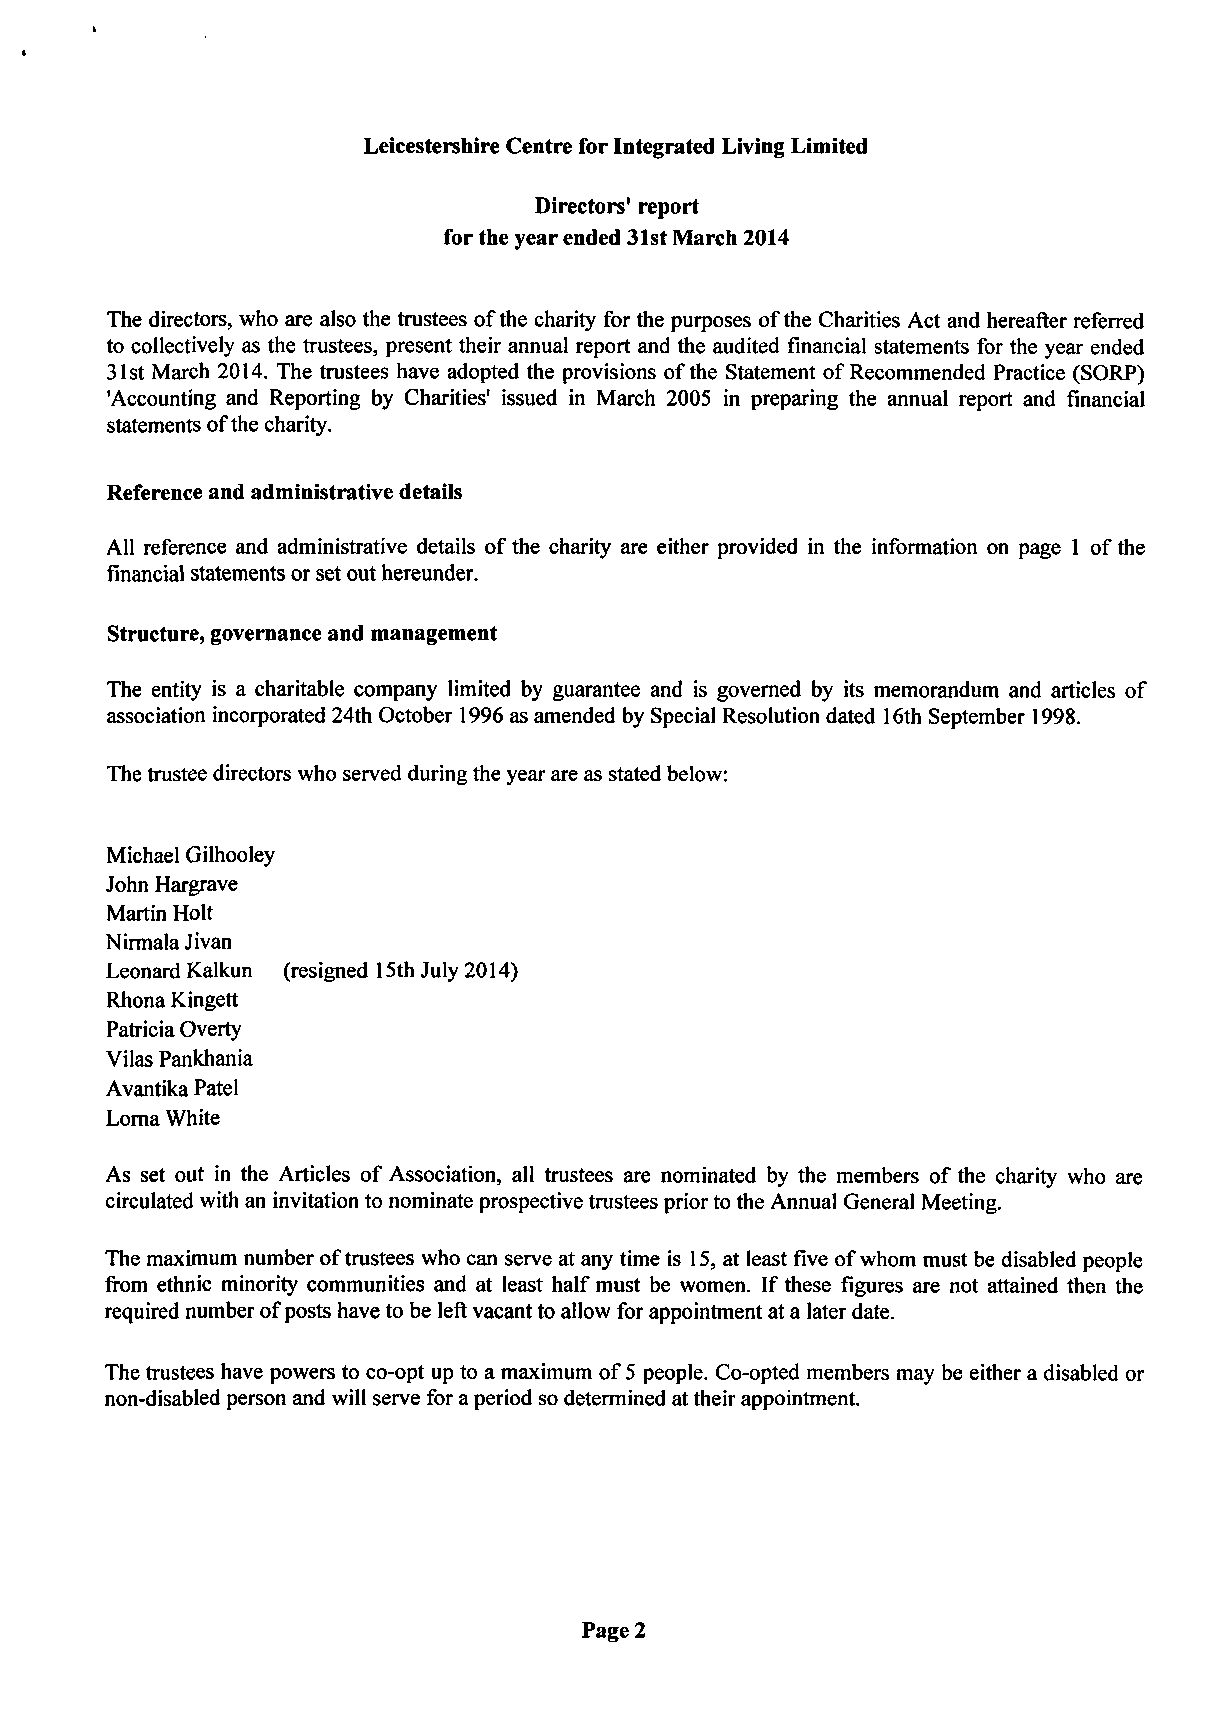
Leicestershire Centre for Integrated Living Limited
 Directors' report
 for the year ended 31st March 2014
 The directors, who are also the trustees of the charity for the purposes of the Charities Act and hereafter referred
 to collectively as the trustees, present their annual report and the audited financial statements for the year ended
 31st March 2014. The trustees have adopted the provisions of the Statement of Recommended Practice (SORP)
 'Accounting and Reporting by Charities' issued in March 2005 in preparing the annual report and financial
 statements of the charity.
 Reference and administrative details
 All reference and administrative details of the charity are either provided in the information on page 1 of the
 financial statements or set out hereunder.
 Structure, governance and management
 The entity is a charitable company limited by guarantee and is governed by its memorandum and articles of
 association incorporated 24th October 1996 as amended by Special Resolution dated 16th September 1998.
 The trustee directors who served during the year are as stated below:
 Michael Gilhooley
 John Hargrave
 Martin Holt
 Nirmala Jivan
 Leonard Kalkun (resigned 15th July 2014)
 Rhona Kingett
 Patricia Overty
 Vilas Pankhania
 Avantika Patel
 Lorna White
 As set out in the Articles of Association, all trustees are nominated by the members of the charity who are
 circulated with an invitation to nominate prospective trustees prior to the Annual General Meeting.
 The maximum number of trustees who can serve at any time is 15, at least five of whom must be disabled people
 from ethnic minority communities and at least half must be women. If these figures are not attained then the
 required number of posts have to be left vacant to allow for appointment at a later date.
 The trustees have powers to co-opt up to a maximum of 5 people. Co-opted members may be either a disabled or
 non-disabled person and will serve for a period so determined at their appointment.
 Page 2